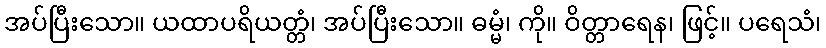
အပ်ပြီးသော။ ယထာပရိယတ္တံ၊ အပ်ပြီးသော။ ဓမ္မံ၊ ကို။ ဝိတ္တာရေန၊ ဖြင့်။ ပရေသံ၊